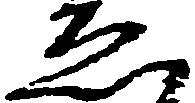
ゑ